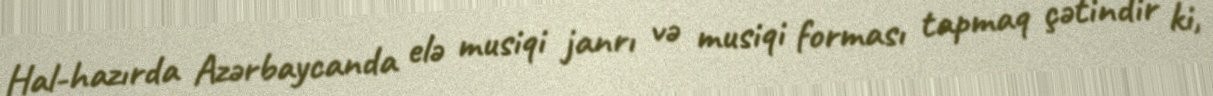
Hal-hazırda Azərbaycanda elə musiqi janrı və musiqi forması tapmaq çətindir ki,